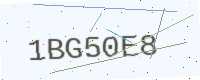
Text: 1BG50E8